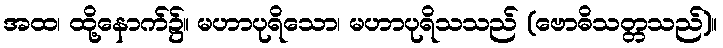
အထ၊ ထို့နောက်၌။ မဟာပုရိသော၊ မဟာပုရိသသည် (ဗောဓိသတ္တသည်)။